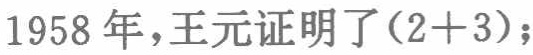
1958年，王元证明了(2+3)；